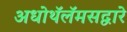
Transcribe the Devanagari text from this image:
अधोथॅलॅमसद्वारे